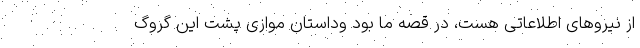
از نیروهای اطلاعاتی هست، در قصه ما بود وداستان موازی پشت این گروگ